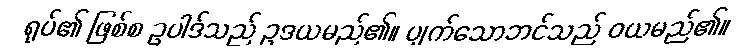
ရုပ်၏ ဖြစ်စ ဥပါဒ်သည် ဥဒယမည်၏။ ပျက်သောဘင်သည် ဝယမည်၏။